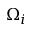
\Omega _ { i }